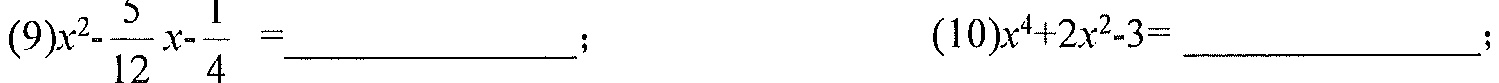
(9)$x^{2}-\frac{5}{12}x - \frac{1}{4}=$ \_\_\_\_\_\_\_\_\_\_\_\_\_\_ ;  (10)$x^{4}+2x^{2}-3=$ \_\_\_\_\_\_\_\_\_\_\_\_\_\_ ;